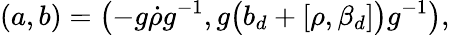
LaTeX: (a,b)=\bigl(-g\dot{\rho}g^{-1},g\bigl(b_{d}+[\rho,\beta_{d}]\bigr)g^{-1}\bigr),